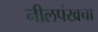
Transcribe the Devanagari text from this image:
नीलपंखचा